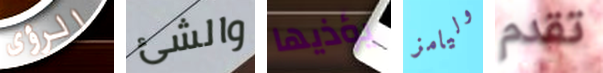
الرؤى والشئ يؤذيها وليامز تقدم